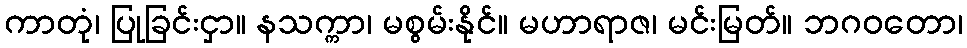
ကာတုံ၊ ပြုခြင်းငှာ။ နသက္ကာ၊ မစွမ်းနိုင်။ မဟာရာဇ၊ မင်းမြတ်။ ဘဂဝတော၊